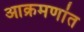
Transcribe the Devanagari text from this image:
आक्रमणांत